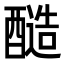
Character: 𮡀